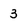
Character: 3